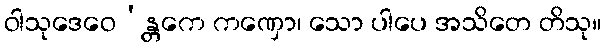
ဝါသုဒေဝေ’န္တကေ ကဏှော၊ သော ပါပေ အသိတေ တိသု။